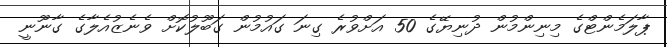
ޕާލަމެންޓްގެ މިނިންމުން ދުނިޔޭގެ 50 އަށްވުރެ ގިނަ ގައުމުން ގަބޫލުކޮށް ވެނެޒުއެލާގެ ގާނޫނީ